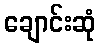
ချောင်းဆုံ